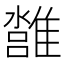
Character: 𩀢